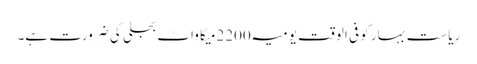
ریاست بہار کو فی الوقت یومیہ 2200میگا واٹ بجلی کی ضرورت ہے۔